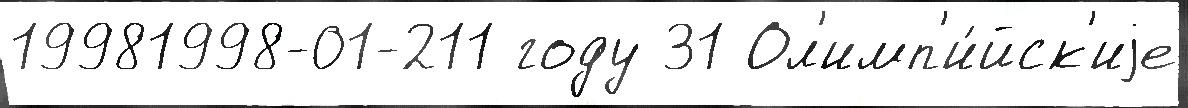
19981998-01-211 году 31 Ол'имп'и́йск'иjе